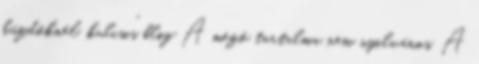
küzdőknél. kulcsi's blog A mező tartalma nem nyilvános. A